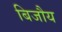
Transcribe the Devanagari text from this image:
बिजौय